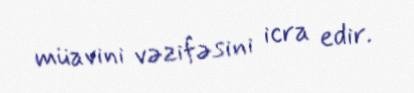
müavini vəzifəsini icra edir.